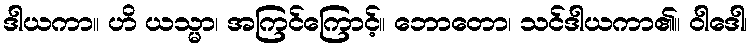
ဒါယကာ။ ဟိ ယသ္မာ၊ အကြင်ကြောင့်။ ဘောတော၊ သင်ဒါယကာ၏။ ဝါဒေါ၊